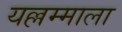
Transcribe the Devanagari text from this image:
यल्लम्माला